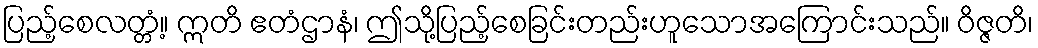
ပြည့်စေလတ္တံ့။ ဣတိ ဧတံဌာနံ၊ ဤသို့ပြည့်စေခြင်းတည်းဟူသောအကြောင်းသည်။ ဝိဇ္ဇတိ၊